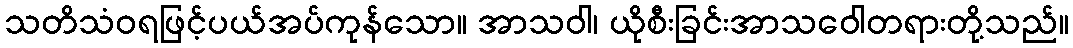
သတိသံဝရဖြင့်ပယ်အပ်ကုန်သော။ အာသဝါ၊ ယိုစီးခြင်းအာသဝေါတရားတို့သည်။